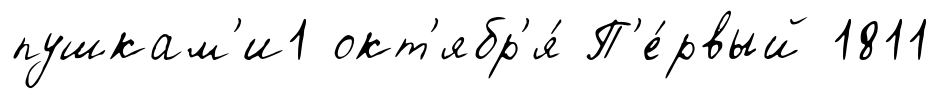
пушкам'и1 окт'ябр'я́ П'е́рвый 1811